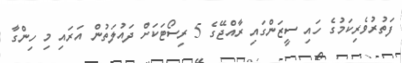
ފަތުރުވެރިކަމުގެ ހައި ސީޒަންގައި ރާއްޖޭގެ 5 ރިސޯޓަކަށް ދައުލަތުން އަރައި މި ހިންގާ